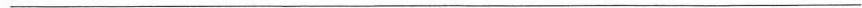
___